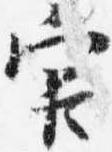
官